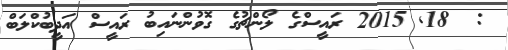
:  18